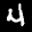
Digit: 4